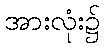
အားလုံး၌